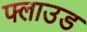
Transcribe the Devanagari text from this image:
फ्लाउड